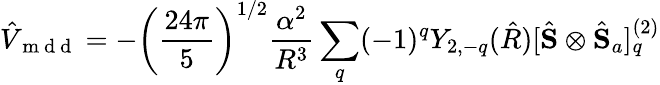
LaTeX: \hat{V}_{\mathrm{~m~d~d~}}=-\left(\frac{24\pi}{5}\right)^{1/2}\frac{\alpha^{2}}{R^{3}}\sum_{q}(-1)^{q}Y_{2,-q}(\hat{R})[\hat{\mathbf{S}}\otimes\hat{\mathbf{S}}_{a}]_{q}^{(2)}